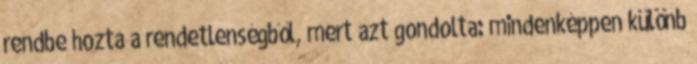
rendbe hozta a rendetlenségből, mert azt gondolta: mindenképpen különb